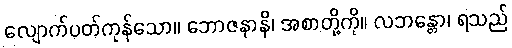
လျောက်ပတ်ကုန်သော။ ဘောဇနာနိ၊ အစာတို့ကို။ လဘန္တော၊ ရသည်